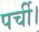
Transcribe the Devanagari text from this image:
पर्ची।